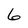
Character: 6